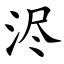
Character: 浕